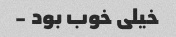
خیلی خوب بود -